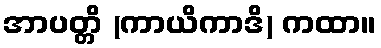
အာပတ္တိ (ကာယိကာဒိ) ကထာ။